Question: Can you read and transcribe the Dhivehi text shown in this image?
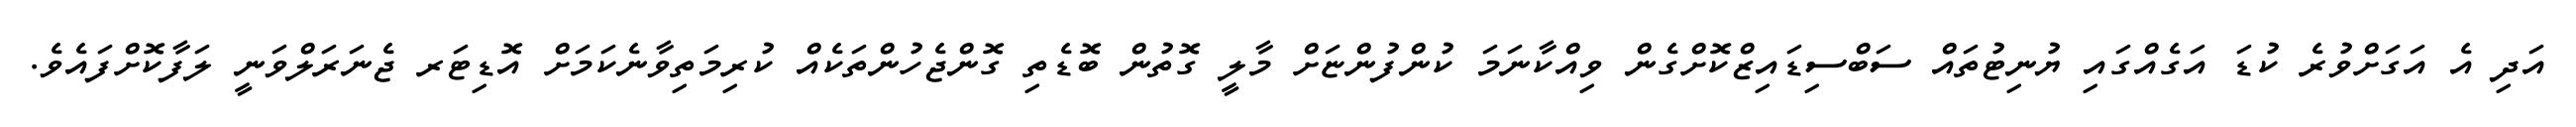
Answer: އަދި އެ އަގަށްވުރެ ކުޑަ އަގެއްގައި ޔުނިޓުތައް ސަބްސިޑައިޒްކޮށްގެން ވިއްކާނަމަ ކުންފުންޏަށް މާލީ ގޮތުން ބޮޑެތި ގޮންޖެހުންތަކެއް ކުރިމަތިވާނެކަމަށް އޮޑިޓަރ ޖެނަރަލްވަނީ ލަފާކޮށްފައެވެ.